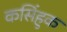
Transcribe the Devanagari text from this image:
कसिंहुक